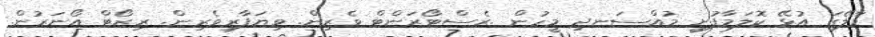
މާލޭގަ އުޅޭ ކޮލަމާފުށީ މުއްސަނދި މީހުން .ރެސްޓޯރަންޓް ވެރިން. ވިޔަފާރިވެރިން. ރިޒޯޓް އޯނަރުން.